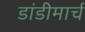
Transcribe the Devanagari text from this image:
डांडीमार्च